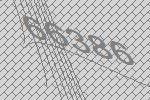
66386